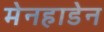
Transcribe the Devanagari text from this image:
मेनहाडेन